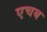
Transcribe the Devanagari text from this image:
एचब